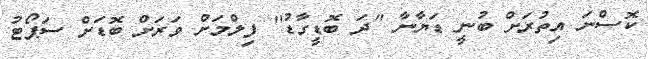
ކޮސްނަ އިތުރަށް ބުނީ ޑަޔާނާ ''ދަ ބޮޑީގާޑު'' ފިލްމަށް ވަރަށް ބޮޑަށް ސަޕޯޓު